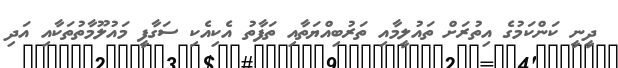
ދީނީ ކަންކަމުގެ އިތުރަށް ތައުލީމާއި ތަރުބިއްޔަތާއި ތަފާތު އެކިއެކިި ސަގާފީ މައުލޫމާތުތަކާއި އަދި